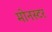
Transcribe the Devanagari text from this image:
मोनस्टर